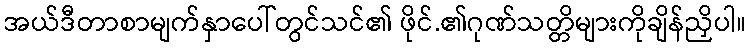
အယ်ဒီတာစာမျက်နှာပေါ်တွင်သင်၏ ဖိုင်.၏ဂုဏ်သတ္တိများကိုချိန်ညှိပါ။